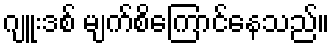
ဂျူးဒစ် မျက်စိကြောင်နေသည်။